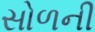
સોળની